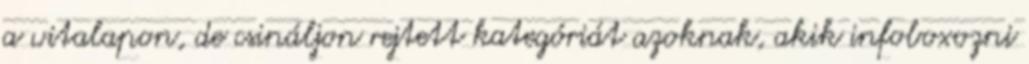
a vitalapon, de csináljon rejtett kategóriát azoknak, akik infoboxozni